system: You are a helpful assistant.
user:
Analyze the provided spectrum to determine if it is a **"Cataclysmic Variables (CV)"**.

- **Key Indicators for CV (Check for either state):**
    - **State 1: Quiescent / Low-State (Emission-Dominated)**
        - **(Primary):** Strong and *very broad* Hydrogen Balmer emission lines (e.g., $H\alpha$ at 6563 Å, $H\beta$ at 4861 Å). The 'broadness' (high velocity dispersion, often FWHM > 1000 km/s) is the key diagnostic, indicating a high-velocity accretion disk.
        - **(Secondary):** Broad neutral Helium (He I) emission lines (e.g., 5876 Å, 6678 Å).
        - **(Key Confirmation):** Presence of high-excitation *ionized* Helium (He II) emission at 4686 Å. This is a strong indicator of accretion onto a white dwarf.
        - **(Line Profile):** Emission lines may exhibit a 'double-peaked' profile, which is a classic signature of a rotating accretion disk viewed at high inclination.

    - **State 2: Outburst / High-State (Absorption-Dominated)**
        - **(Primary):** Spectrum is dominated by a bright, blue continuum (looks like a hot star).
        - **(Secondary):** The emission lines from State 1 are weak, absent, or 'filled in', and are replaced by broad, shallow *absorption* lines (primarily Balmer and He I).
        - **(Morphology):** The overall spectrum mimics a hot B/A-type star. The crucial difference is that the absorption lines are significantly broader, shallower, and more 'washed-out' (or 'smeared') than the sharp lines of a normal stellar photosphere, due to high rotational speeds and pressure broadening in the disk.

Think first, call **spectral_visualization_tool** if needed to examine features in detail, then provide your final answer. Your response must adhere to the following strict rules:
1.  **Overall Structure:** Your response must follow the format `<think>...</think> <tool_call>...</tool_call> (if a tool is used) <answer>...</answer>`.
2.  **Tool Usage Constraint:** You may only make **one** tool call per turn.
3.  **Final Answer Format:** In the `<answer>` tag, your conclusion must be inside a `\boxed{}` command (e.g., `\boxed{YES}`), followed by your justification.

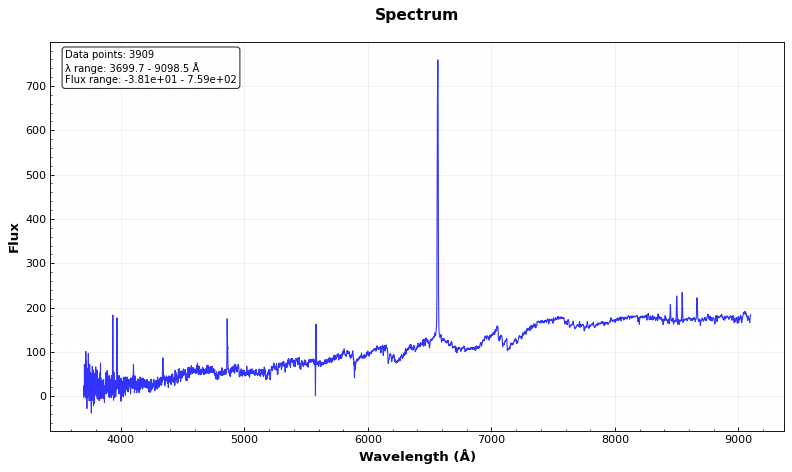
Answer: YES